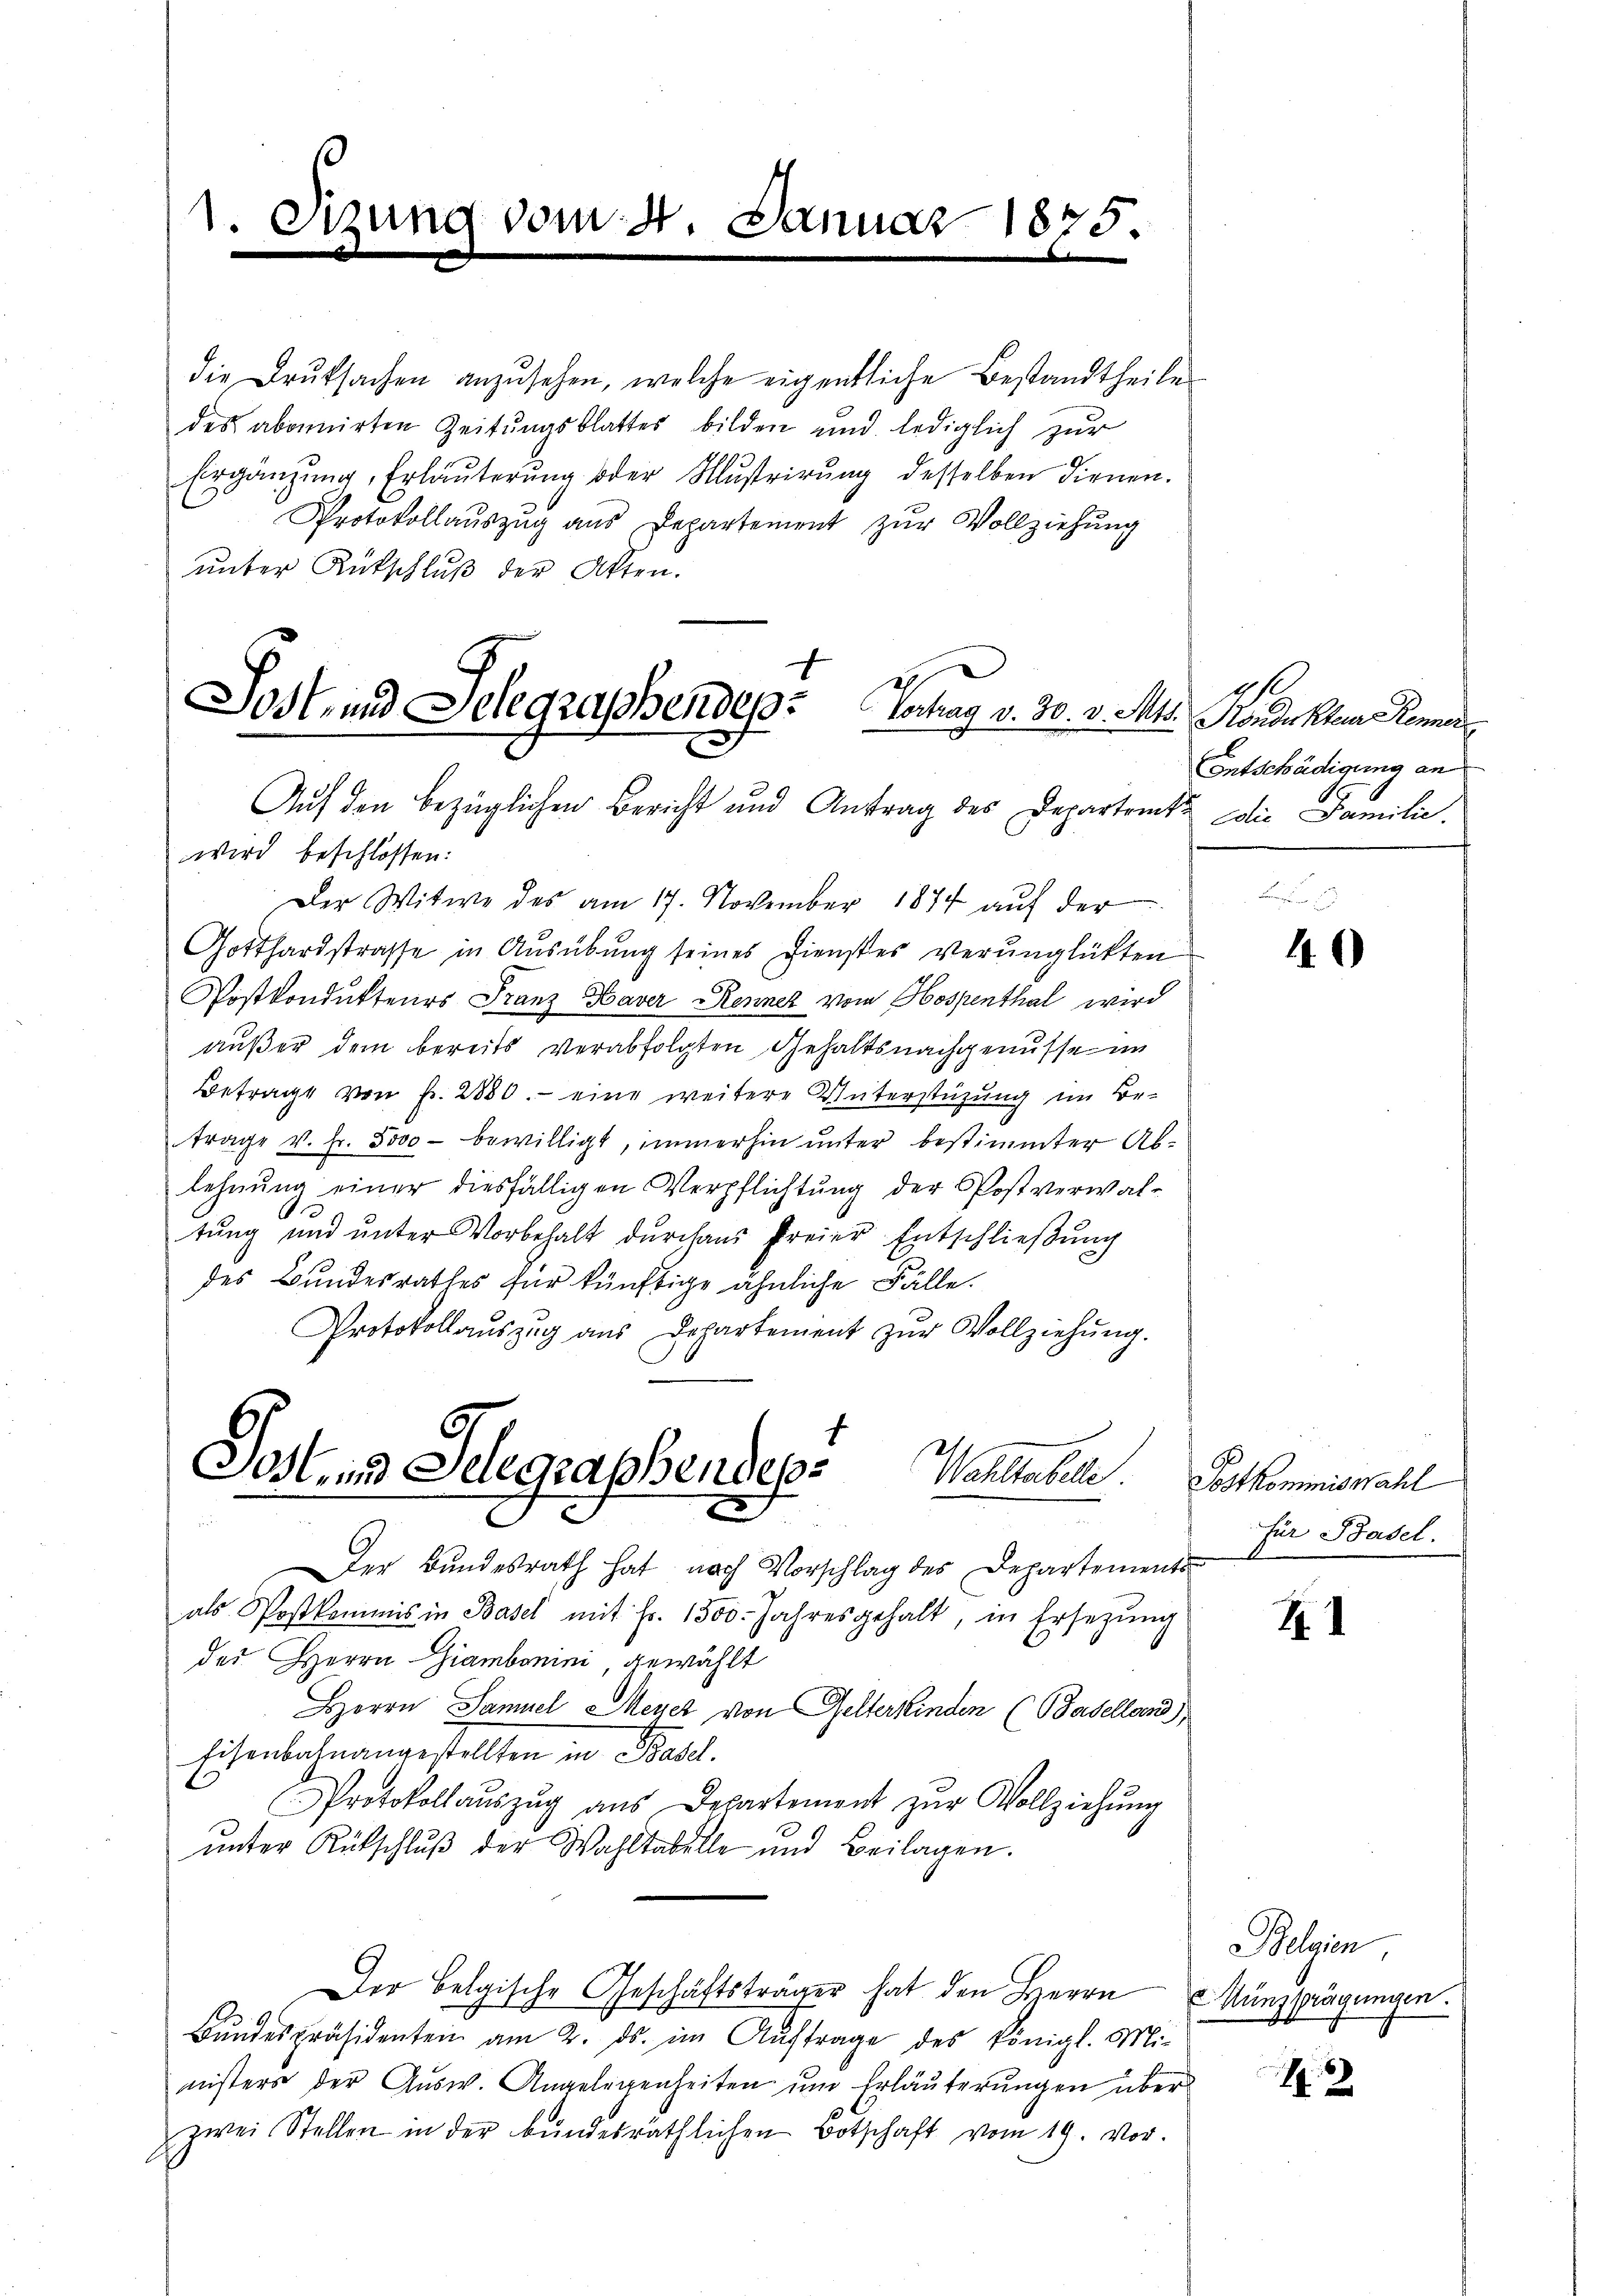
1. Sizung vom 4. Januar 1875.

die Druksachen anzusehen, welche eigentliche Bestandtheile
des abonnirten Zeitŭngsblattes bilden und lediglich zur
Ergänzŭng, Erläuterŭng oder Mŭstrirŭng desselben dienen.
Protokollaŭszŭg aŭs Departement zŭr Vollziehung
unter Rückschluß der Akten.
Auf den bezüglichen Bericht und Antrag des Departement die Familie.
wird beschlossen:
Der Witwe des am 17. November 1874 auf der
Gotthardstrasse in Ausübung seines Dienstes verunglückten
Postkondukteurs Franz Haver Renner vom Hospenthal wird
außer dem bereits verabfolgten Gehaltsnachgenusse im
Betrage von f. 2880. - eine weitere Unterstützung im Be-
trage v. fr. 3000 bewilligt, immerhin unter bestimmter Ab-
lehnung einer diesfälligen Verpflichtung der Postverwal-
A
tung und unter Vorbehalt durchaus freier Entschließung
des Bundesrathes für künftige ähnliche Fälle.
Protokollaŭszŭg aŭs Departement zŭr Vollziehŭng.
Sos und Selegraphendep
Wahstabell
.
Der Bundesrath hat nach Vorschlag des Departements
als Postkommis in Basel mit Fr. 1300. Jahresgehalt, in Ersetzŭng
des Herrn Giambonini gewählt
HHerrn Samuel Meyer von Gelterkinden (Baselland),
Eisenbahnangestellten in Basel.
Protokollaŭszŭg aŭs Departement zŭr Vollziehŭng
ŭnter Rütschlŭβ der Wahltabelle und Beilagen.
Der Belgische Geschäftsträger hat den Herrn Münzprägungen.
Bŭndespräsidenten am 2. ds. im Auftrage des königl. Mi-
nisters der Ausw. Angelegenheiten um Erläuterungen über
zwei Stellen in der bundesräthlichen Botschaft vom 19. vor.

Sost- und Telegraphendep: Vertrag v. 30. v. Mts. Handekten Roma

Entschädigung an

10

Postkommiswahl
für Basel.

I

Belgien,

12